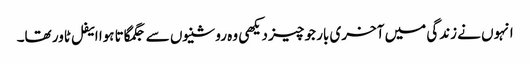
انہوں نے زندگی میں آخری بار جو چیز دیکھی وہ روشنیوں سے جگمگاتا ہوا ایفل ٹاور تھا۔